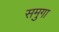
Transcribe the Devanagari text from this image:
समुगा